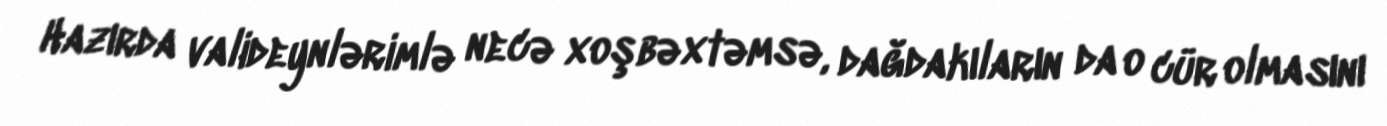
Hazırda valideynlərimlə necə xoşbəxtəmsə, dağdakıların da o cür olmasını